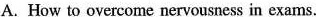
A. How to overcome pervousness in exams.